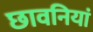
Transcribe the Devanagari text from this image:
छावनियां